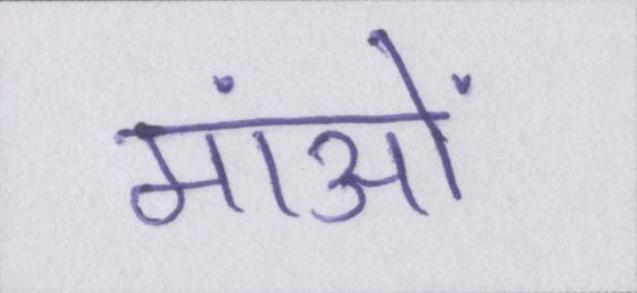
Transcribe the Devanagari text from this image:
मांओं